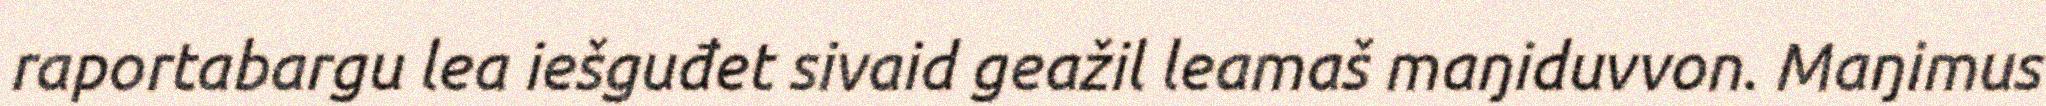
raportabargu lea iešguđet sivaid geažil leamaš maŋiduvvon. Maŋimus